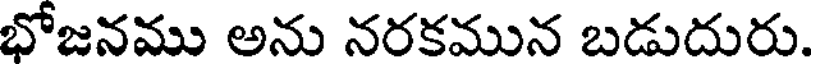
భోజనము అను నరకమున బడుదురు.